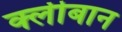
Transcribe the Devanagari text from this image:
क्लीबान